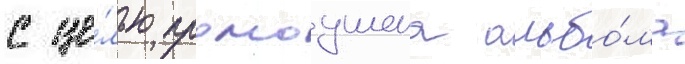
с це́лью промоушена альбо́ма